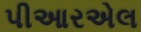
પીઆરએલ